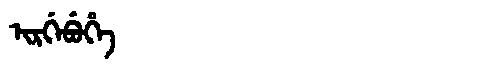
Manchu: ᡳᡵᡤᡝᠪᡠᡥᡝ
Romanization: IRGEBUHE